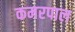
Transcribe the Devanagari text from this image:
कमरपाल